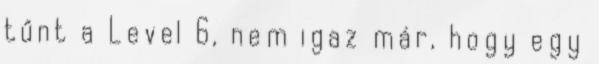
tűnt a Level 6, nem igaz már, hogy egy